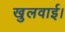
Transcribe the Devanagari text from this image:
खुलवाई।